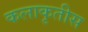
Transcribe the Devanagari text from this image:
कलाकृतीस